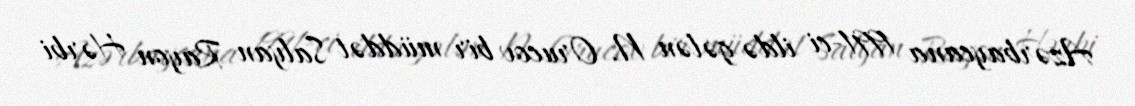
Azərbaycana 1991-ci ildə gələn N. Orucov bir müddət Salyan Rayon Hərbi